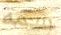
سمة